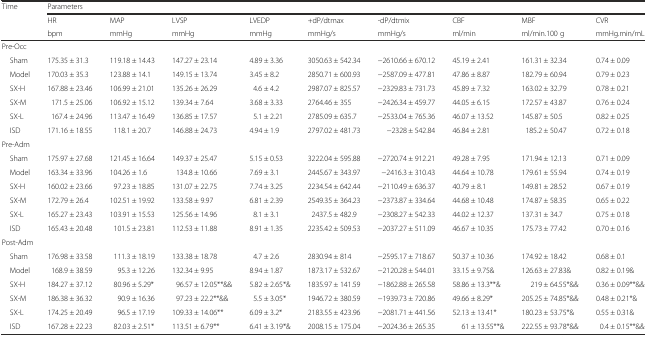
<table><thead><tr><td rowspan="3"><b>Time</b></td><td colspan="9"><b>Parameters</b></td></tr><tr><td><b>HR</b></td><td><b>MAP</b></td><td><b>LVSP</b></td><td><b>LVEDP</b></td><td><b>+dP/dtmax</b></td><td><b>-dP/dtmix</b></td><td><b>CBF</b></td><td><b>MBF</b></td><td><b>CVR</b></td></tr><tr><td><b>bpm</b></td><td><b>mmHg</b></td><td><b>mmHg</b></td><td><b>mmHg</b></td><td><b>mmHg/s</b></td><td><b>mmHg/s</b></td><td><b>ml/min</b></td><td><b>ml/min.100 g</b></td><td><b>mmHg.min/mL</b></td></tr></thead><tbody><tr><td colspan="10">Pre-Occ</td></tr><tr><td> Sham</td><td>175.35 ± 31.3</td><td>119.18 ± 14.43</td><td>147.27 ± 23.14</td><td>4.89 ± 3.36</td><td>3050.63 ± 542.34</td><td>−2610.66 ± 670.12</td><td>45.19 ± 2.41</td><td>161.31 ± 32.34</td><td>0.74 ± 0.09</td></tr><tr><td> Model</td><td>170.03 ± 35.3</td><td>123.88 ± 14.1</td><td>149.15 ± 13.74</td><td>3.45 ± 8.2</td><td>2850.71 ± 600.93</td><td>−2587.09 ± 477.81</td><td>47.86 ± 8.87</td><td>182.79 ± 60.94</td><td>0.79 ± 0.23</td></tr><tr><td> SX-H</td><td>167.88 ± 23.46</td><td>106.99 ± 21.01</td><td>135.26 ± 26.29</td><td>4.6 ± 4.2</td><td>2987.07 ± 825.57</td><td>−2329.83 ± 731.73</td><td>45.89 ± 7.32</td><td>163.02 ± 32.79</td><td>0.78 ± 0.21</td></tr><tr><td> SX-M</td><td>171.5 ± 25.06</td><td>106.92 ± 15.12</td><td>139.34 ± 7.64</td><td>3.68 ± 3.33</td><td>2764.46 ± 355</td><td>−2426.34 ± 459.77</td><td>44.05 ± 6.15</td><td>172.57 ± 43.87</td><td>0.76 ± 0.24</td></tr><tr><td> SX-L</td><td>167.4 ± 24.96</td><td>113.47 ± 16.49</td><td>136.85 ± 17.57</td><td>5.1 ± 2.21</td><td>2785.09 ± 635.7</td><td>−2533.04 ± 765.36</td><td>46.07 ± 13.52</td><td>145.87 ± 50.5</td><td>0.82 ± 0.25</td></tr><tr><td> ISD</td><td>171.16 ± 18.55</td><td>118.1 ± 20.7</td><td>146.88 ± 24.73</td><td>4.94 ± 1.9</td><td>2797.02 ± 481.73</td><td>−2328 ± 542.84</td><td>46.84 ± 2.81</td><td>185.2 ± 50.47</td><td>0.72 ± 0.18</td></tr><tr><td colspan="10">Pre-Adm</td></tr><tr><td> Sham</td><td>175.97 ± 27.68</td><td>121.45 ± 16.64</td><td>149.37 ± 25.47</td><td>5.15 ± 0.53</td><td>3222.04 ± 595.88</td><td>−2720.74 ± 912.21</td><td>49.28 ± 7.95</td><td>171.94 ± 12.13</td><td>0.71 ± 0.09</td></tr><tr><td> Model</td><td>163.34 ± 33.96</td><td>104.26 ± 1.6</td><td>134.8 ± 10.66</td><td>7.69 ± 3.1</td><td>2445.67 ± 343.97</td><td>−2416.3 ± 310.43</td><td>44.64 ± 10.78</td><td>179.61 ± 55.94</td><td>0.74 ± 0.19</td></tr><tr><td> SX-H</td><td>160.02 ± 23.66</td><td>97.23 ± 18.85</td><td>131.07 ± 22.75</td><td>7.74 ± 3.25</td><td>2234.54 ± 642.44</td><td>−2110.49 ± 636.37</td><td>40.79 ± 8.1</td><td>149.81 ± 28.52</td><td>0.67 ± 0.19</td></tr><tr><td> SX-M</td><td>172.79 ± 26.4</td><td>102.51 ± 19.92</td><td>133.58 ± 9.97</td><td>6.81 ± 2.39</td><td>2549.35 ± 364.23</td><td>−2373.87 ± 334.64</td><td>44.68 ± 10.48</td><td>174.87 ± 58.35</td><td>0.65 ± 0.22</td></tr><tr><td> SX-L</td><td>165.27 ± 23.43</td><td>103.91 ± 15.53</td><td>125.56 ± 14.96</td><td>8.1 ± 3.1</td><td>2437.5 ± 482.9</td><td>−2308.27 ± 542.33</td><td>44.02 ± 12.37</td><td>137.31 ± 34.7</td><td>0.75 ± 0.18</td></tr><tr><td> ISD</td><td>165.43 ± 20.48</td><td>101.5 ± 23.81</td><td>112.53 ± 11.88</td><td>8.91 ± 1.35</td><td>2235.42 ± 509.53</td><td>−2037.27 ± 511.09</td><td>46.67 ± 10.35</td><td>175.73 ± 77.42</td><td>0.70 ± 0.16</td></tr><tr><td colspan="10">Post-Adm</td></tr><tr><td> Sham</td><td>176.98 ± 33.58</td><td>111.3 ± 18.19</td><td>133.38 ± 18.78</td><td>4.7 ± 2.6</td><td>2830.94 ± 814</td><td>−2595.17 ± 718.67</td><td>50.37 ± 10.36</td><td>174.92 ± 18.42</td><td>0.68 ± 0.1</td></tr><tr><td> Model</td><td>168.9 ± 38.59</td><td>95.3 ± 12.26</td><td>132.34 ± 9.95</td><td>8.94 ± 1.87</td><td>1873.17 ± 532.67</td><td>−2120.28 ± 544.01</td><td>33.15 ± 9.75&amp;</td><td>126.63 ± 27.83&amp;</td><td>0.82 ± 0.19&amp;</td></tr><tr><td> SX-H</td><td>184.27 ± 37.12</td><td>80.96 ± 5.29*</td><td>96.57 ± 12.05**&amp;&amp;</td><td>5.82 ± 2.65*&amp;</td><td>1835.97 ± 141.59</td><td>−1862.88 ± 265.58</td><td>58.86 ± 13.3**&amp;</td><td>219 ± 64.55*&amp;&amp;</td><td>0.36 ± 0.09**&amp;&amp;</td></tr><tr><td> SX-M</td><td>186.38 ± 36.32</td><td>90.9 ± 16.36</td><td>97.23 ± 22.2**&amp;&amp;</td><td>5.5 ± 3.05*</td><td>1946.72 ± 380.59</td><td>−1939.73 ± 720.86</td><td>49.66 ± 8.29*</td><td>205.25 ± 74.85*&amp;&amp;</td><td>0.48 ± 0.21*&amp;</td></tr><tr><td> SX-L</td><td>174.25 ± 20.49</td><td>96.5 ± 17.19</td><td>109.33 ± 14.06**</td><td>6.09 ± 3.2*</td><td>2183.55 ± 423.96</td><td>−2081.71 ± 441.56</td><td>52.13 ± 13.41*</td><td>180.23 ± 53.75*&amp;</td><td>0.55 ± 0.31&amp;</td></tr><tr><td> ISD</td><td>167.28 ± 22.23</td><td>82.03 ± 2.51*</td><td>113.51 ± 6.79**</td><td>6.41 ± 3.19*&amp;</td><td>2008.15 ± 175.04</td><td>−2024.36 ± 265.35</td><td>61 ± 13.55**&amp;</td><td>222.55 ± 93.78*&amp;&amp;</td><td>0.4 ± 0.15**&amp;&amp;</td></tr></tbody></table>